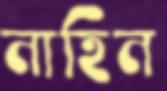
নাহিন